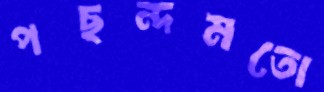
পছন্দমতো